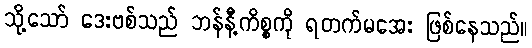
သို့သော် ဒေးဗစ်သည် ဘန်နီ့ကိစ္စကို ရတက်မအေး ဖြစ်နေသည်။